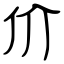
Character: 价